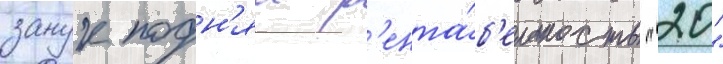
занук подн'ял р'ента́б'ельность "20"